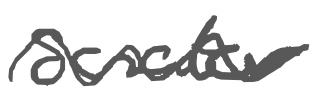
Text: senator
Cross-out: wave
Writing tool: digital_gray